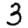
Digit: 3